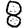
Digit: 8